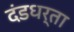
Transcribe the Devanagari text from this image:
दंडधर्ता